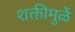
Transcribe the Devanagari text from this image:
शक्तीमुळें